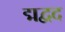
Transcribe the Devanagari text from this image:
द्मद्वद